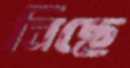
বিছে